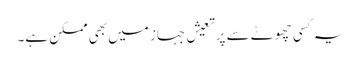
یہ کسی چھوٹے سے پرتعیش جہاز میں بھی ممکن ہے۔